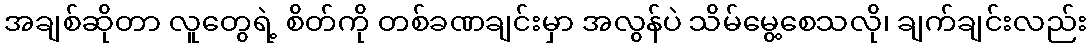
အချစ်ဆိုတာ လူတွေရဲ့ စိတ်ကို တစ်ခဏချင်းမှာ အလွန်ပဲ သိမ်မွေ့စေသလို၊ ချက်ချင်းလည်း